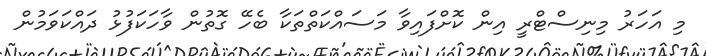
މި އަހަރު މިނިސްޓްރީ އިން ކޮށްފައިވާ މަސައްކަތްތަކާ ބެހޭ ގޮތުން ވާހަކަފުޅު ދައްކަވަމުން